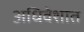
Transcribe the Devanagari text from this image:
अधिवेशात